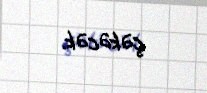
çəkəcək.